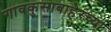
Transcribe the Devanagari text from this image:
गावकुसाबाहेरच्या